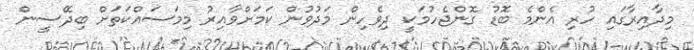
މިދާއިރާގައި ހުރި އެންމެ ބޮޑު ގޮންޖެހުމަކީ ދިވެހިން މަދުވުން ކަމަށްވާއިރު މިމަސައްކަތަށް ބިދޭސީން